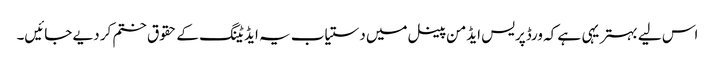
اس لیے بہتر یہی ہے کہ ورڈپریس ایڈمن پینل میں دستیاب یہ ایڈیٹنگ کے حقوق ختم کر دیے جائیں۔